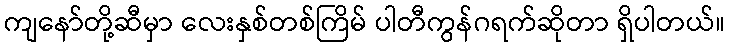
ကျနော်တို့ဆီမှာ လေးနှစ်တစ်ကြိမ် ပါတီကွန်ဂရက်ဆိုတာ ရှိပါတယ်။